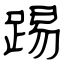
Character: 踢